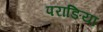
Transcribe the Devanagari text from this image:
पराङिया